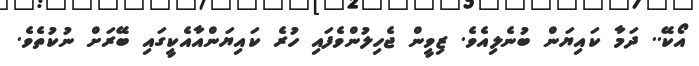
އޯކޭ.. ދަމާ ކައިޔަން ބުނެލިއެވެ. ޒިވީން ޖެހިލުންވެފައި ހުރެ ކައިޔަންއާއެކީގައި ބޭރަށް ނުކުތެވެ.